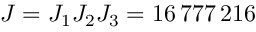
J = J _ { 1 } J _ { 2 } J _ { 3 } = 1 6 \, 7 7 7 \, 2 1 6